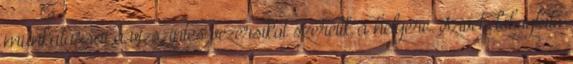
munkatársai a vízszintes vezérsíkot szerelik a helyére. Szívet dobogtató